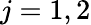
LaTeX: j=1,2